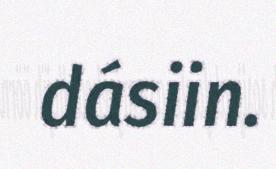
dásiin.